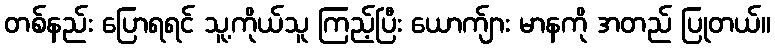
တစ်နည်း ပြောရရင် သူ့ကိုယ်သူ ကြည့်ပြီး ယောက်ျား မာနကို အတည် ပြုတယ်။